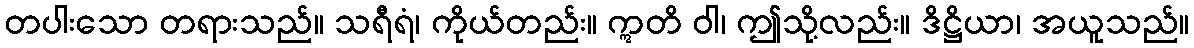
တပါးသော တရားသည်။ သရီရံ၊ ကိုယ်တည်း။ ဣတိ ဝါ၊ ဤသို့လည်း။ ဒိဋ္ဌိယာ၊ အယူသည်။